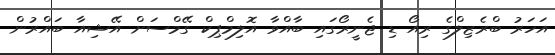
އަހަރު ބްރެޒިލްގެ ރިއޯ ޑި ޖެނީރޯގައި ބާއްވާ އޮލިމްޕިކް ގޭމްސަށް އޭޝިއާ ބައްރުން